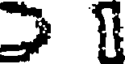
త